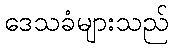
ဒေသခံများသည်